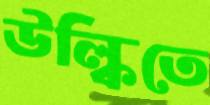
উল্কিতে